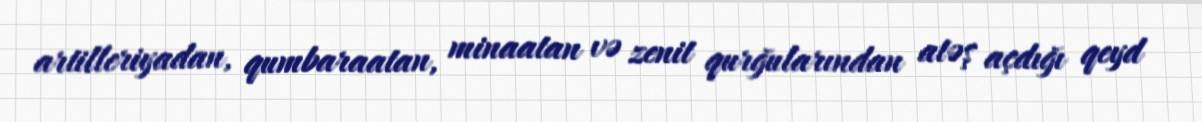
artilleriyadan, qumbaraatan, minaatan və zenit qurğularından atəş açdığı qeyd